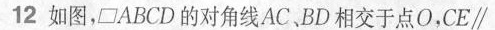
12如图，二ABCD的对角线AC、BD相交于点O，CE\parallel